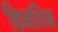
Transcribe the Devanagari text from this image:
किनथिन